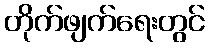
တိုက်ဖျက်ရေးတွင်